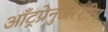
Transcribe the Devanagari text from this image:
आँट्रप्रेनुअरशीप